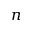
n